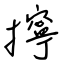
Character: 擰